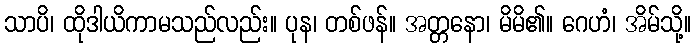
သာပိ၊ ထိုဒါယိကာမသည်လည်း။ ပုန၊ တစ်ဖန်။ အတ္တနော၊ မိမိ၏။ ဂေဟံ၊ အိမ်သို့။